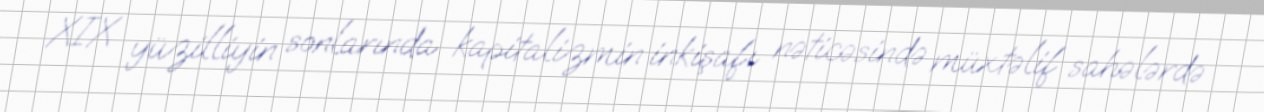
XIX yüzilliyin sonlarında kapitalizmin inkişafı nəticəsində müxtəlif sahələrdə